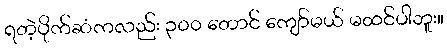
ရတဲ့ပိုက်ဆံကလည်း ၃၀၀ တောင် ကျော်မယ် မထင်ပါဘူး။